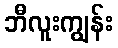
ဘီလူးကျွန်း